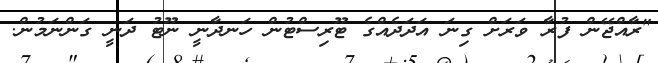
"ރާއްޖޭން ފުރާ ވަރަށް ގިނަ އަދަދެއްގެ ޓޫރިސްޓުން ހަނދާނީ ނޫޓު ދަނީ ގަންނަމުން.